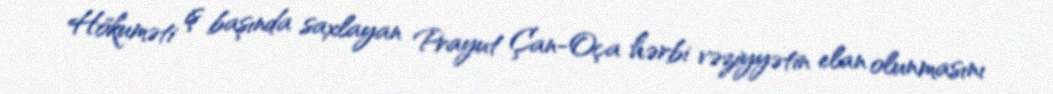
Hökuməti iş başında saxlayan Prayut Çan-Oça hərbi vəziyyətin elan olunmasını